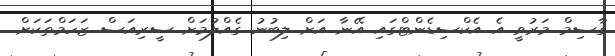
ގާސިމް މަރުވީ އެ އެކްސިޑެންޓްގައި އޭނާ އަށް ލިބުނު ގެއްލުމަށް ސީރިއަސް ޒަހަމްތަކަށް